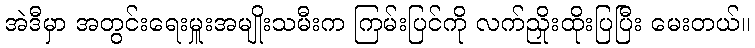
အဲဒီမှာ အတွင်းရေးမှူးအမျိုးသမီးက ကြမ်းပြင်ကို လက်ညှိုးထိုးပြပြီး မေးတယ်။